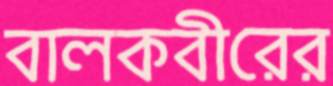
বালকবীরের